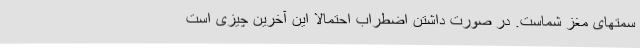
سمتهای مغز شماست. در صورت داشتن اضطراب احتمالاً این آخرین چیزی است